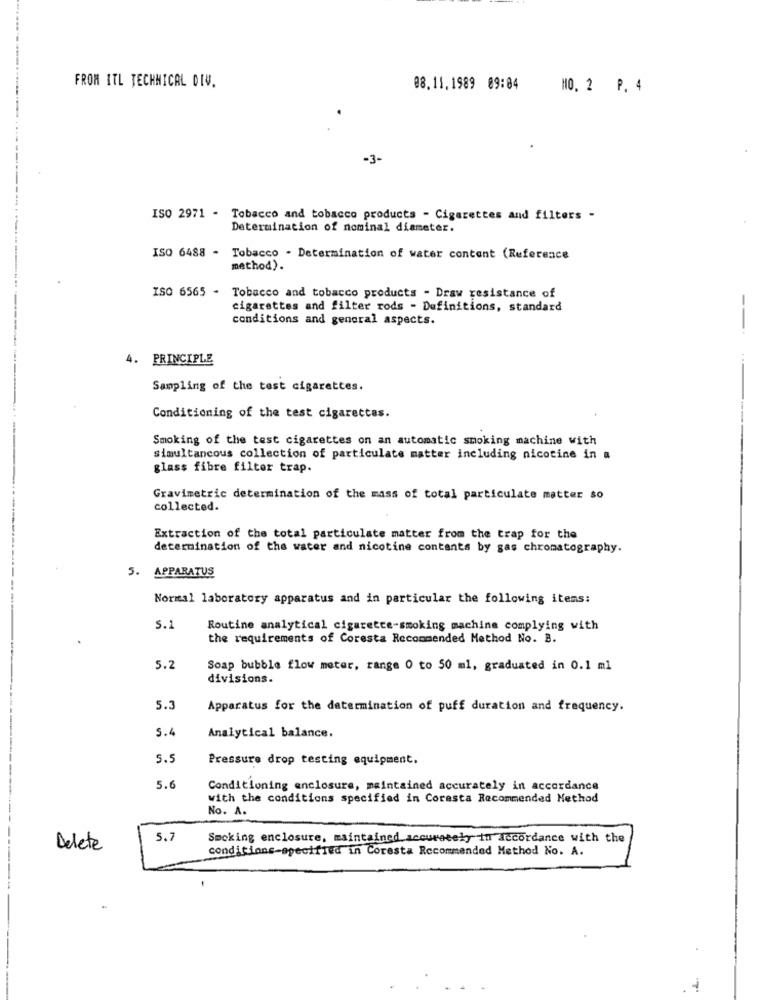
FROM ITL TECHNICAL DIW.
08.11.1989 09:04
NO. 2 P. 4
-3-
ISO 2971 - Tobacco and tobacco products - Cigarettes and filters -
Determination of nominal diameter.
ISO 6488 - Tobacco - Determination of water content (Reference
method).
ISO 6565 - Tobacco and tobacco products - Draw resistance of
cigarettes and filter rods - Definitions, standard
conditions and general aspects.
--
4. PRINCIPLE
Sampling of the test cigarettes.
.....
Conditioning of the test cigarettes.
Smoking of the test cigarettes on an automatic smoking machine with
simultancous collection of particulate matter including nicotine in a
glass fibre filter trap.
Gravimetric determination of the mass of total particulate matter so
collected.
Extraction of the total particulate matter from the trap for the
determination of the water and nicotine contants by gas chromatography.
5. APPARATUS
Normal laboratory apparatus and in particular the following items:
5.1
Routine analytical cigarette-smoking machine complying with
the requirements of Coresta Recommended Method No. B.
5.2
Soap bubble flow meter, range 0 to 50 ml, graduated in 0.1 ml
divisions.
5.3
Apparatus for the determination of puff duration and frequency.
S .4
Analytical balance.
5.5
Pressure drop testing equipment.
5.6
Conditioning enclosure, maintained accurately in accordance
with the conditions specified in Coresta Recommended Method
No. A.
---
5.7
Smoking enclosure, maintained accurately in accordance with the
Delete
conditions-specified in Coresta Recommended Method No. A.
1